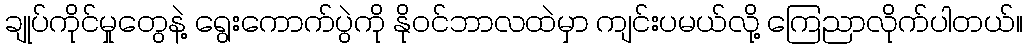
ချုပ်ကိုင်မှုတွေနဲ့ ရွေးကောက်ပွဲကို နိုဝင်ဘာလထဲမှာ ကျင်းပမယ်လို့ ကြေညာလိုက်ပါတယ်။